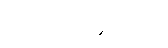
မတော်တဆမှုများ